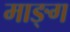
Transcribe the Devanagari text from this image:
माङ्ग